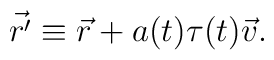
\vec {r'} \equiv \vec r + a(t) \tau(t) \vec v.